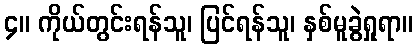
၄။ ကိုယ်တွင်းရန်သူ၊ ပြင်ရန်သူ၊ နှစ်မူခွဲရှုရာ။